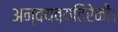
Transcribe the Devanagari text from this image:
अन्वयव्यतिरेकी।